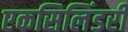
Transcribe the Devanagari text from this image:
एकसिलिंडरी